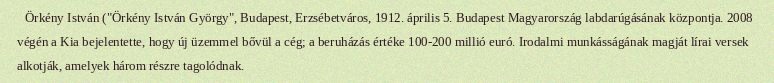
Örkény István ("Örkény István György", Budapest, Erzsébetváros, 1912. április 5. Budapest Magyarország labdarúgásának központja. 2008 végén a Kia bejelentette, hogy új üzemmel bővül a cég; a beruházás értéke 100-200 millió euró. Irodalmi munkásságának magját lírai versek alkotják, amelyek három részre tagolódnak.